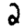
Digit: 2